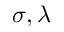
\sigma , \lambda